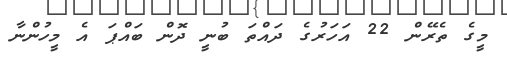
މީގެ ތެރޭން 22 އަހަރުގެ ދައްތަ ބުނީ ދޮން ބައްޕަ އެ މީހުންނާ